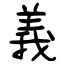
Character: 義